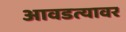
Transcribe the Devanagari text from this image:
आवडत्यावर